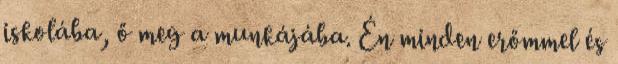
iskolába, ő meg a munkájába. Én minden erőmmel és